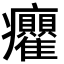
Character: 𭼻